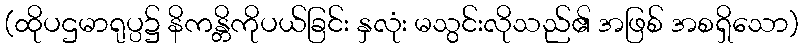
(ထိုပဌမာရုပ္ပ၌ နိကန္တိကိုပယ်ခြင်း နှလုံး မသွင်းလိုသည်၏ အဖြစ် အစရှိသော)